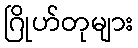
ဂြိုဟ်တုများ